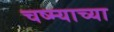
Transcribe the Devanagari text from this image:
चष्म्याच्या